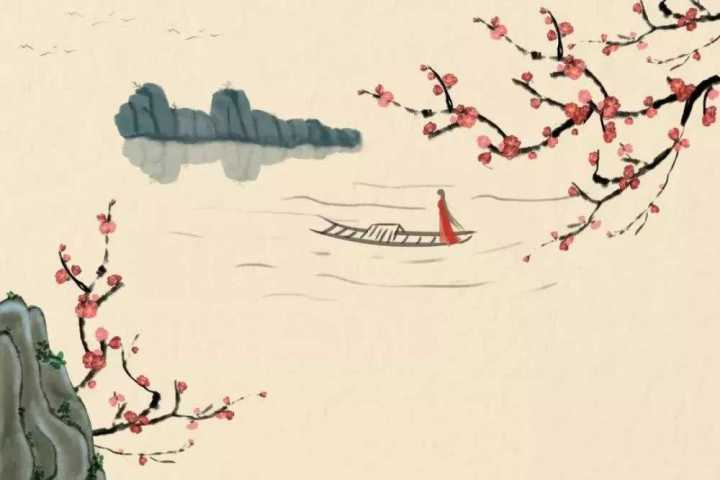
风雨凄凄，鸡鸣喈喈。